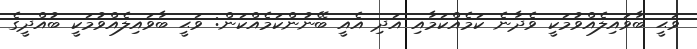
ވަޙީ ބާވައިލެއްވުމަކީ ވެދާނެ ކަމެއްކަމާއި އަދި އެއީ ބޭނުންކަމެއްކަން: ވަޙީ ބާވައިލެއްވުމަކީ ބުއްދީގެ